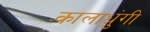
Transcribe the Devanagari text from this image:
कालाधुंगी